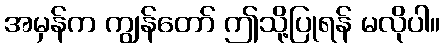
အမှန်က ကျွန်တော် ဤသို့ပြုရန် မလိုပါ။